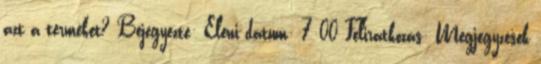
azt a terméket? Bejegyezte: Eleni dátum: 7:00 Feliratkozás: Megjegyzések